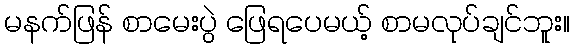
မနက်ဖြန် စာမေးပွဲ ဖြေရပေမယ့် စာမလုပ်ချင်ဘူး။